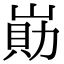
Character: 𡺕